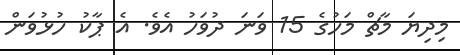
މިދިޔަ މާޗް މަހުގެ 15 ވަނަ ދުވަހު އެވެ. އެ ޕާކު ހުޅުވަން